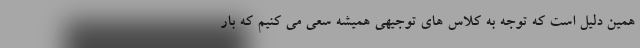
همین دلیل است که توجه به کلاس های توجیهی همیشه سعی می کنیم که بار